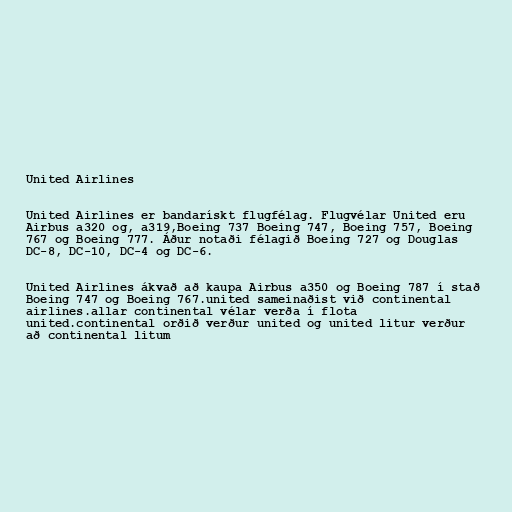
United Airlines

United Airlines er bandarískt flugfélag. Flugvélar United eru
Airbus a320 og, a319,Boeing 737 Boeing 747, Boeing 757, Boeing
767 og Boeing 777. Áður notaði félagið Boeing 727 og Douglas
DC-8, DC-10, DC-4 og DC-6.

United Airlines ákvað að kaupa Airbus a350 og Boeing 787 í stað
Boeing 747 og Boeing 767.united sameinaðist við continental
airlines.allar continental vélar verða í flota
united.continental orðið verður united og united litur verður
að continental litum